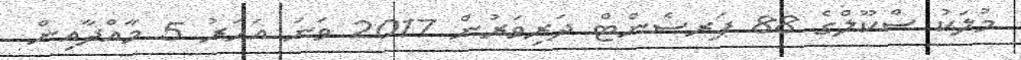
މުލަކު ސްކޫލްގެ 88 ޕަރސެންޓް ދަރިވަރުން 2017 ވަނަ އަހަރު 5 މާއްދާއިން